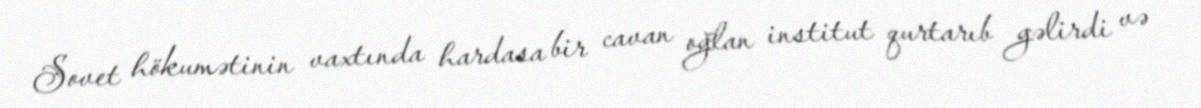
Sovet hökumətinin vaxtında hardasa bir cavan oğlan institut qurtarıb gəlirdi və